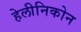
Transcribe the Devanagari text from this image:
हेलीनिकोन